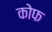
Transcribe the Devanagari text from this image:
कोफ